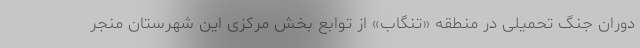
دوران جنگ تحمیلی در منطقه «تنگاب» از توابع بخش مرکزی این شهرستان منجر